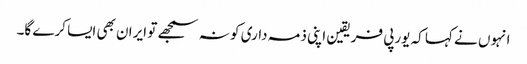
انہوں نے کہا کہ یورپی فریقین اپنی ذمہ داری کو نہ سمجھے تو ایران بھی ایسا کرے گا۔